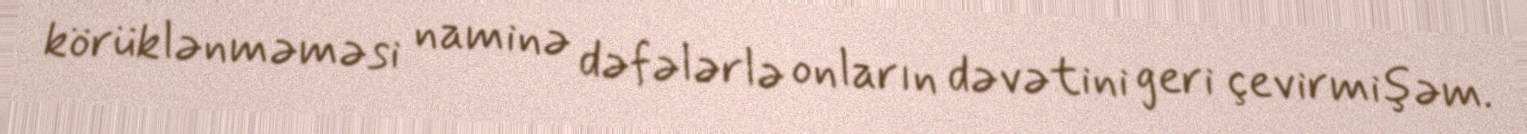
körüklənməməsi naminə dəfələrlə onların dəvətini geri çevirmişəm.